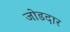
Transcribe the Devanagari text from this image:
जोडदार